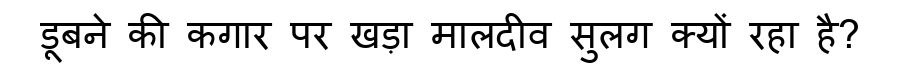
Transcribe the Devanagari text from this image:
डूबने की कगार पर खड़ा मालदीव सुलग क्यों रहा है?